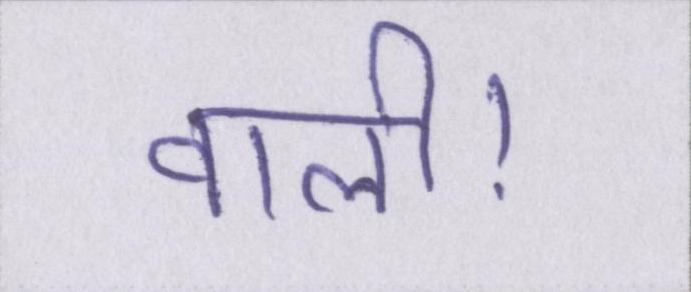
वाली।